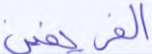
الفريقين